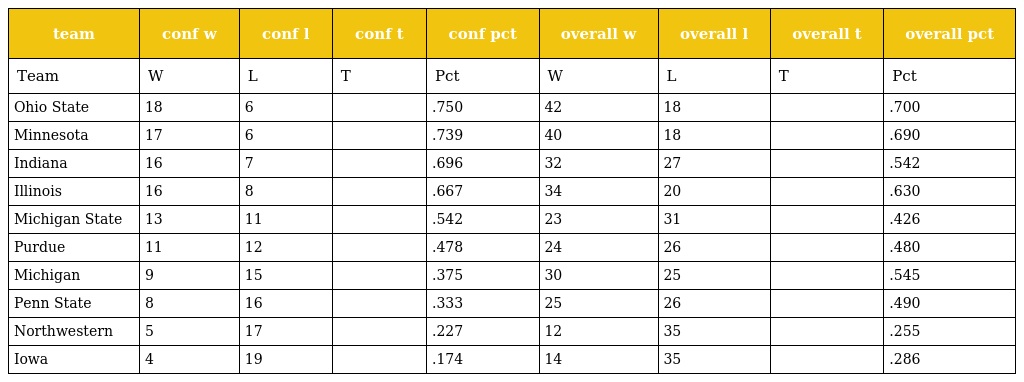
| team | conf w | conf l | conf t | conf pct | overall w | overall l | overall t | overall pct |
 | --- | --- | --- | --- | --- | --- | --- | --- | --- |
 | Team | W | L | T | Pct | W | L | T | Pct |
 | Ohio State | 18 | 6 |  | .750 | 42 | 18 |  | .700 |
 | Minnesota | 17 | 6 |  | .739 | 40 | 18 |  | .690 |
 | Indiana | 16 | 7 |  | .696 | 32 | 27 |  | .542 |
 | Illinois | 16 | 8 |  | .667 | 34 | 20 |  | .630 |
 | Michigan State | 13 | 11 |  | .542 | 23 | 31 |  | .426 |
 | Purdue | 11 | 12 |  | .478 | 24 | 26 |  | .480 |
 | Michigan | 9 | 15 |  | .375 | 30 | 25 |  | .545 |
 | Penn State | 8 | 16 |  | .333 | 25 | 26 |  | .490 |
 | Northwestern | 5 | 17 |  | .227 | 12 | 35 |  | .255 |
 | Iowa | 4 | 19 |  | .174 | 14 | 35 |  | .286 |